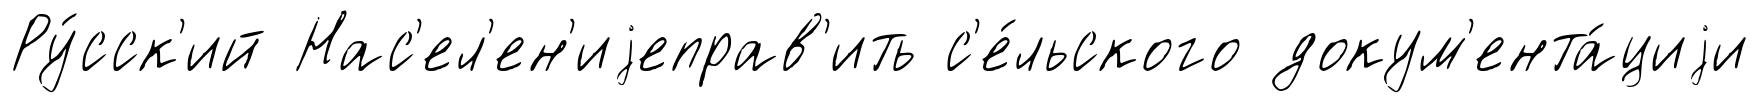
Ру́сск'ий Нас'ел'ен'иjеправ'ить с'е́льского докум'ента́циjи